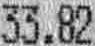
33.82